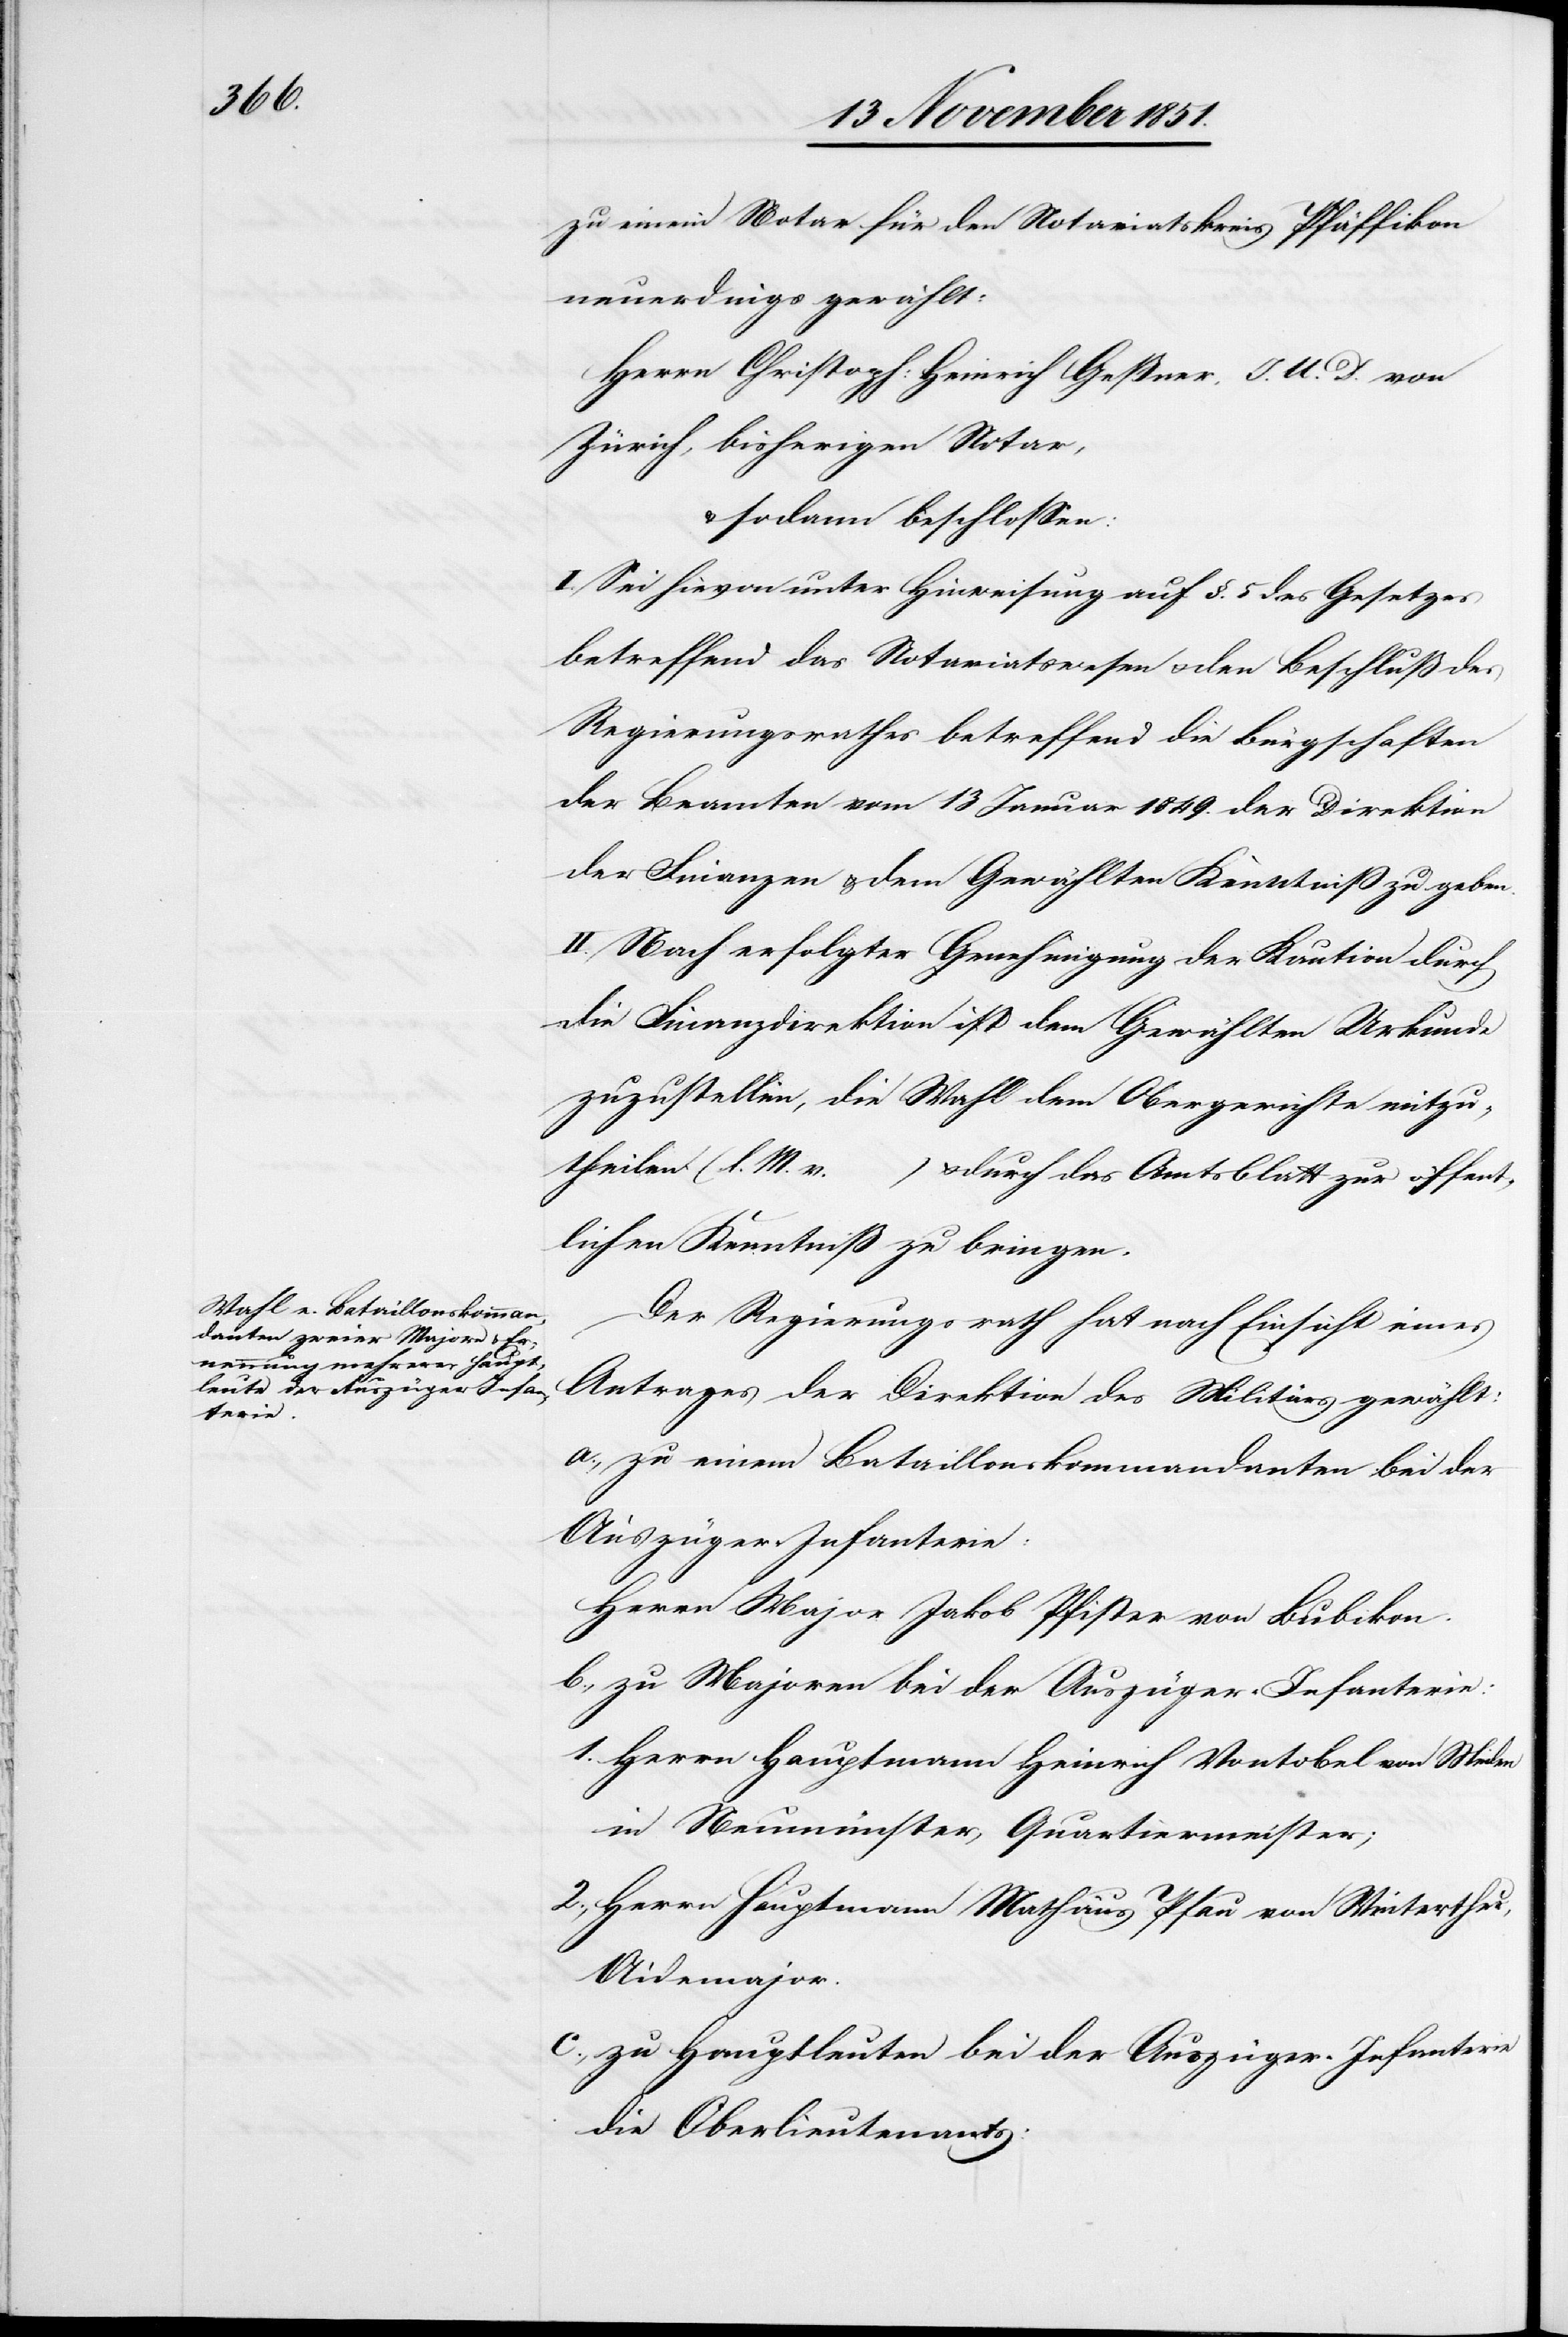
zu einem Notar für den Notariatskreis Pfäffikon
neuerdings gewählt:
Herrn Christoph: Heinrich Geßner, J. U. D. von
Zürich, bisherigen Notar,
sodann beschlossen:
I. Sei hievon unter Hinweisung auf §. 5 des Gesetzes
betreffend das Notariatswesen & den Beschluß des
Regierungsrathes betreffend die Bürgschaften
der Beamten vom 13 Januar 1849. der Direktion
der Finanzen & dem Gewählten Kenntniß zu geben.
II. Nach erfolgter Genehmigung der Kaution durch
die Finanzdirektion ist dem Gewählten Urkunde
zuzustellen, die Wahl dem Obergerichte mitzu¬
theilen (l. M. v. …) & durch das Amtsblatt zur öffent¬
lichen Kenntniß zu bringen.
Der Regierungsrath hat nach Einsicht eines
Antrages der Direktion des Militärs gewählt:
a., zu einem Bataillonskommandanten bei der
Auszüger-Infanterie:
Herrn Major Jakob Pfister von Bubikon.
b., zu Majoren bei der Auszüger-Infanterie:
1. Herrn Hauptmann Heinrich Vontobel von Meilen
in Neumünster, Quartiermeister;
2., Herrn Hauptmann Mathäus Pfau von Winterthur,
Aidemajor.
c., zu Hauptleuten bei der Auszüger-Infanterie
die Oberlieutenants: